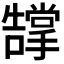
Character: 𭣂